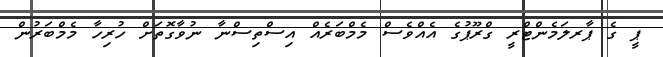
ޕީ ގެ ޕާރލަމެންޓްރީ ގްރޫޕުގެ އެއްވެސް މެމްބަރެއް އިސްތިސްނާ ނުވާގޮތަށް ހުރިހާ މެމްބަރުން